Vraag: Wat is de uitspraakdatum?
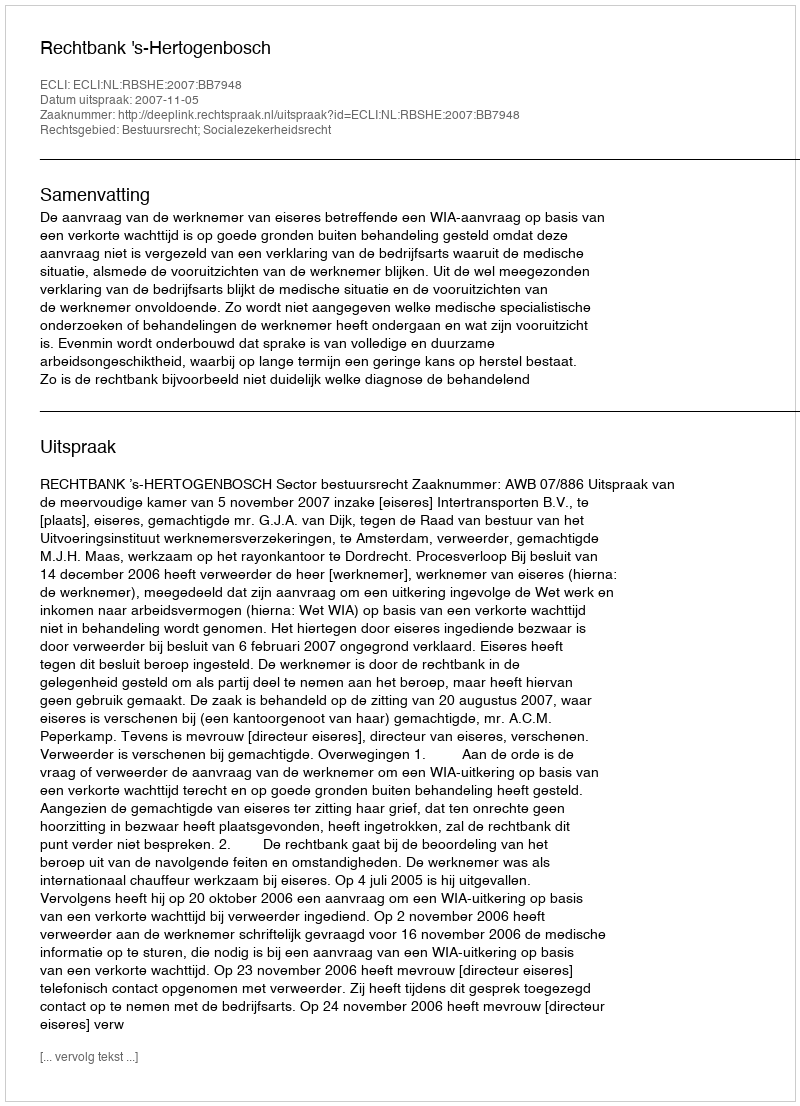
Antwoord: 2007-11-05